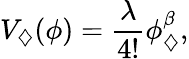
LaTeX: V_{\diamondsuit}(\phi)=\frac{\lambda}{4!}\phi_{\diamondsuit}^{\beta},